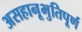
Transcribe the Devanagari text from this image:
असहानूभुतिपूर्ण